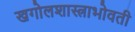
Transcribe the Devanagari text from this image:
खगोलशास्त्राभोवती